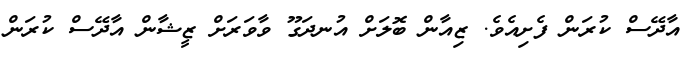
އާދޭސް ކުރަން ފެށިއެވެ. ޒިއާން ބޮލަށް އުނދަގޫ ވާވަރަށް ޒީޝާން އާދޭސް ކުރަން